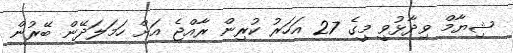
ޝިޔާމް ވިދާޅުވީ މީގެ 27 އަހަރު ކުރިން ރާއްޖެ އަށް ހަމަލަދޭން ބޭރުން